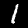
Label: 1